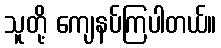
သူတို့ ကျေနပ်ကြပါတယ်။